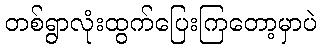
တစ်ရွာလုံးထွက်ပြေးကြတော့မှာပဲ